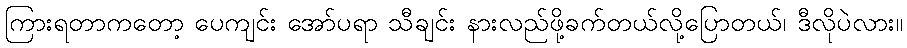
ကြားရတာကတော့ ပေကျင်း အော်ပရာ သီချင်း နားလည်ဖို့ခက်တယ်လို့ပြောတယ်၊ ဒီလိုပဲလား။